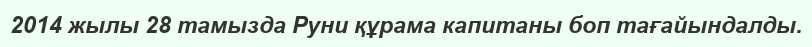
2014 жылы 28 тамызда Руни құрама капитаны боп тағайындалды.